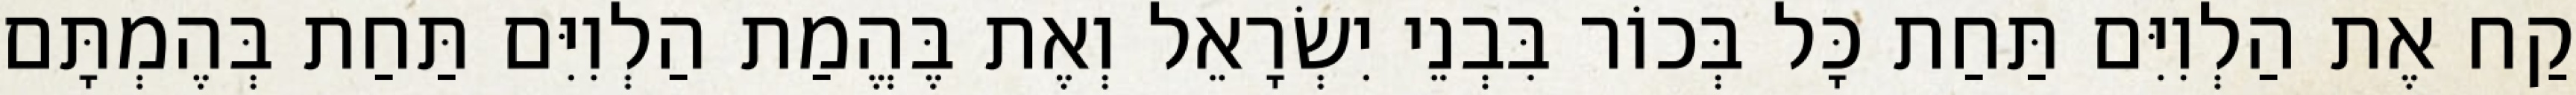
קַח אֶת הַלְוִיִּם תַּחַת כָּל בְּכוֹר בִּבְנֵי יִשְׂרָאֵל וְאֶת בֶּהֱמַת הַלְוִיִּם תַּחַת בְּהֶמְתָּם